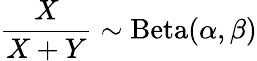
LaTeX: {\frac{X}{X+Y}}\sim\operatorname{Beta}(\alpha,\beta)